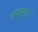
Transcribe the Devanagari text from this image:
राजपूतांे